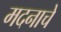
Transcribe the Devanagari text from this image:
मदनाचे